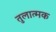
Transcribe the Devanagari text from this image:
तुलात्मक